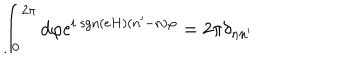
\int _ { 0 } ^ { 2 \pi } d \varphi \mathrm { e } ^ { i ~ \mathrm { s g n } ( e H ) ( n ^ { \prime } - n ) \varphi } = 2 \pi \delta _ { n n ^ { \prime } }